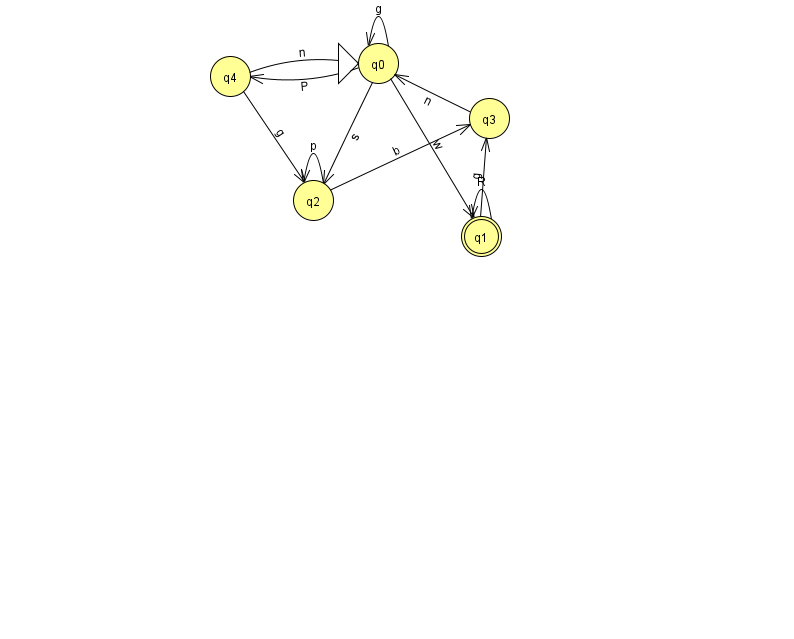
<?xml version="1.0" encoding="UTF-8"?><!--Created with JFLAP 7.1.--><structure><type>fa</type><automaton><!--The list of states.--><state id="0" name="q0"><x>378.0</x><y>50.0</y><initial/></state><state id="1" name="q1"><x>481.0</x><y>223.0</y><final/></state><state id="2" name="q2"><x>313.0</x><y>187.0</y></state><state id="3" name="q3"><x>489.0</x><y>105.0</y></state><state id="4" name="q4"><x>230.0</x><y>63.0</y></state><!--The list of transitions.--><transition><from>0</from><to>4</to><read>P</read></transition><transition><from>2</from><to>2</to><read>p</read></transition><transition><from>1</from><to>1</to><read>R</read></transition><transition><from>0</from><to>0</to><read>g</read></transition><transition><from>4</from><to>2</to><read>g</read></transition><transition><from>3</from><to>0</to><read>n</read></transition><transition><from>0</from><to>1</to><read>w</read></transition><transition><from>2</from><to>3</to><read>b</read></transition><transition><from>0</from><to>2</to><read>s</read></transition><transition><from>4</from><to>0</to><read>n</read></transition><transition><from>1</from><to>3</to><read>g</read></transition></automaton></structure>